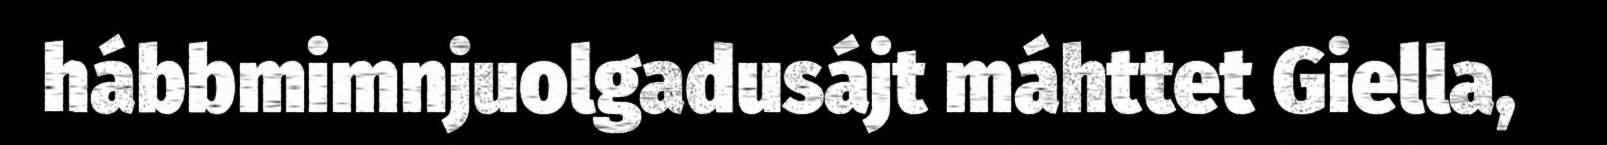
hábbmimnjuolgadusájt máhttet Giella,